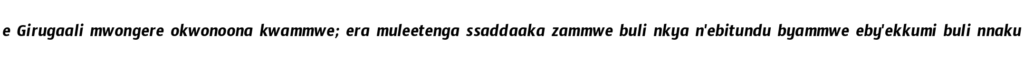
e Girugaali mwongere okwonoona kwammwe; era muleetenga ssaddaaka zammwe buli nkya n'ebitundu byammwe eby'ekkumi buli nnaku